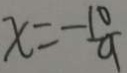
x = - \frac { 1 0 } { 9 }